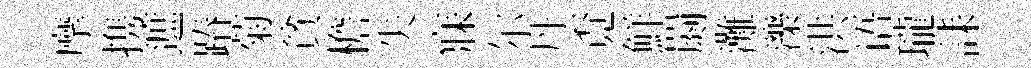
摩携遮蹖菊貧檐失寐尔丹覔鮮罽灘濼洪语瓏誄